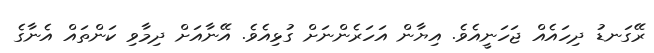
ރޭގަނޑު ދިހައެއް ޖަހަނީއެވެ. އިޔާން އަހަރެންނަށް ގުޅިއެވެ. އޭނާއަށް ދިމާވި ކަންތައް އެނާގެ